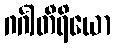
ဂင်္ဂါတီရိယော